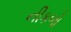
નીકળો